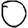
Digit: 0